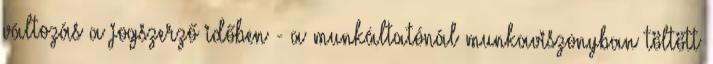
változás a jogszerző időben - a munkáltatónál munkaviszonyban töltött